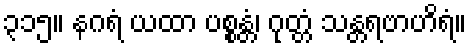
၃၁၅။ နဂရံ ယထာ ပစ္စန္တံ၊ ဂုတ္တံ သန္တရဗာဟိရံ။